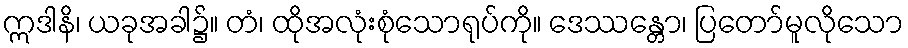
ဣဒါနိ၊ ယခုအခါ၌။ တံ၊ ထိုအလုံးစုံသောရုပ်ကို။ ဒေဿန္တော၊ ပြတော်မူလိုသော